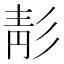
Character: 𩇕